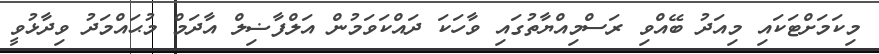
މިކަމަށްޓަކައި މިއަދު ބޭއްވި ރަސްމިއްޔާތުގައި ވާހަކަ ދައްކަވަމުން އަލްފާޟިލް އާދަމް މުޙައްމަދު ވިދާޅުވީ